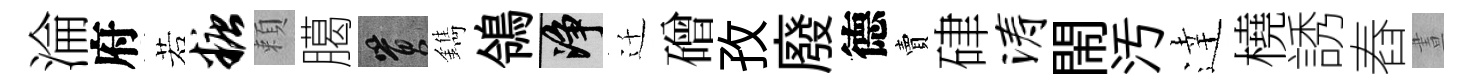
淪府若糖頼臈篔鐫鴒净迁磳孜廢德賣硉涛閙汚逹橈誘舂晝